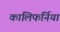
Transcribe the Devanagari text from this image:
कालिफर्निया